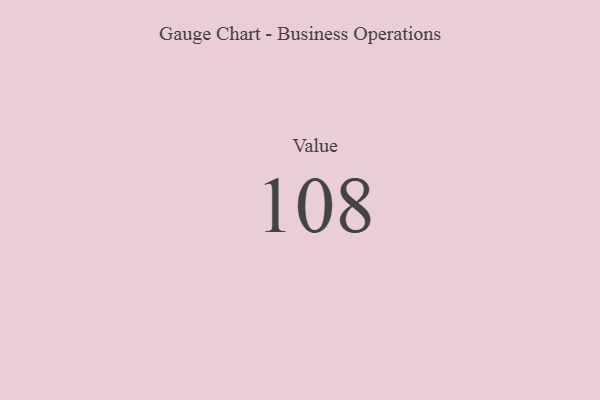
{"axis": {"x": "Metric", "y": "Value"}, "legend": [""], "data": [{"x": "Value", "y": 108, "type": ""}]}